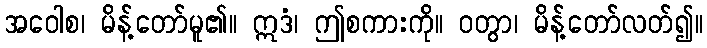
အဝေါစ၊ မိန့်တော်မူ၏။ ဣဒံ၊ ဤစကားကို။ ဝတွာ၊ မိန့်တော်လတ်၍။